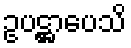
ဥပဋ္ဌာပေသိ